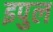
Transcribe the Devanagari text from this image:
इपुल